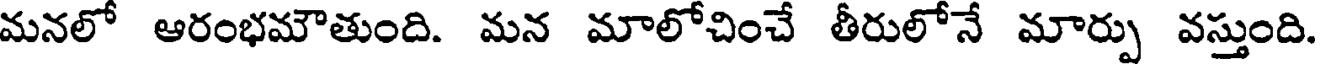
మనలో ఆరంభమౌతుంది. మన మాలోచించే తీరులోనే మార్పు వస్తుంది.